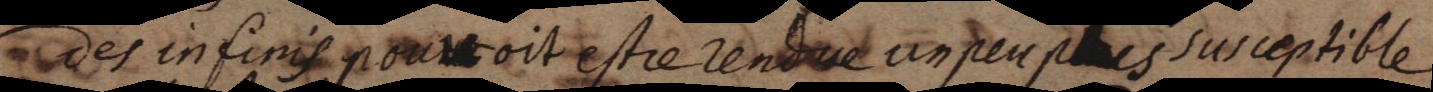
des infinis pouvoit estre rendue un peu plus susceptible